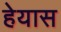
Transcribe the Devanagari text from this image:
हेयास